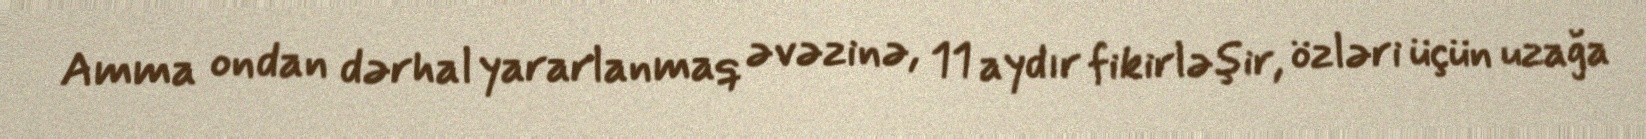
Amma ondan dərhal yararlanmaq əvəzinə, 11 aydır fikirləşir, özləri üçün uzağa